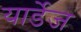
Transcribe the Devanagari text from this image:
यार्डेज